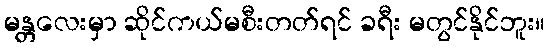
မန္တလေးမှာ ဆိုင်ကယ်မစီးတတ်ရင် ခရီး မတွင်နိုင်ဘူး။